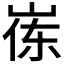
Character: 𮱪